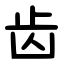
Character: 齿